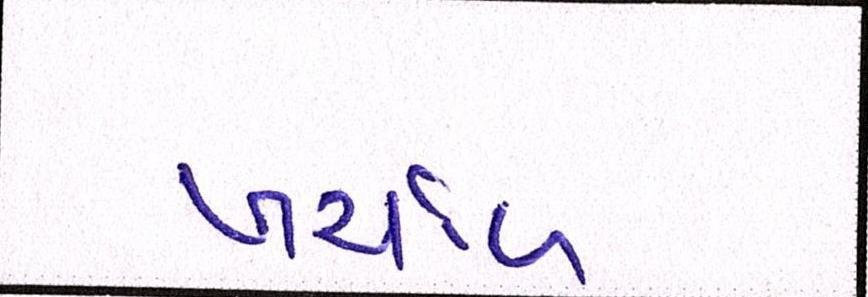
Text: ખર્ચાળ